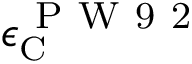
\epsilon _ { \scriptscriptstyle \mathrm { C } } ^ { \mathrm { ~ P ~ W ~ 9 ~ 2 ~ } }